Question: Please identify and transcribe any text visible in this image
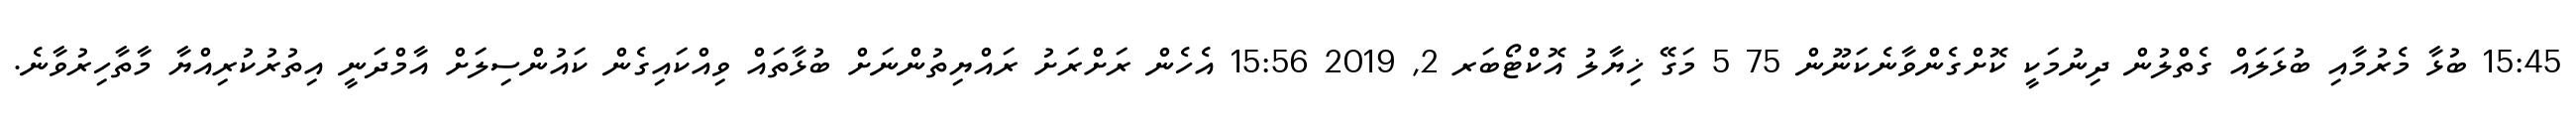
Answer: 15:45 ބުޅާ މެރުމާއި ބުޅަލައް ގެތްލުން ދިނުމަކީ ކޮށްގެންވާނެކަނޫން 75 5 މަގޭ ޚިޔާލު އޮކްޓޯބަރ 2, 2019 15:56 އެހެން ރަށްރަށު ރައްޔިތުންނަށް ބުޅާތައް ވިއްކައިގެން ކައުންސިލަށް އާމްދަނީ އިތުރުކުރިއްޔާ މާތާހިރުވާނެ.